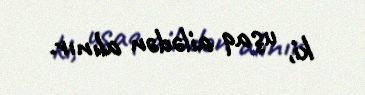
ki, uşaq ailədən alınır.